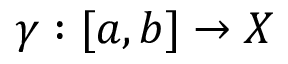
\gamma : [ a , b ] \to X